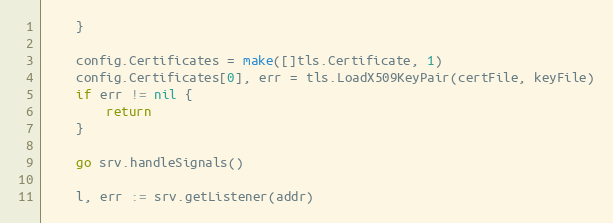
Language: Go
	}

	config.Certificates = make([]tls.Certificate, 1)
	config.Certificates[0], err = tls.LoadX509KeyPair(certFile, keyFile)
	if err != nil {
		return
	}

	go srv.handleSignals()

	l, err := srv.getListener(addr)